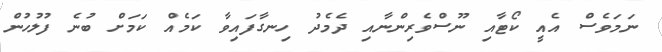
ނަމަވެސް އެއީ ކޯޓާއި ނޫސްވެރިންނާއި ދެމެދު ހިނގާފައިވާ ކަމެއް ކަަމަށް ބުނެ ފުލުހުން